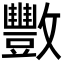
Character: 𫿩